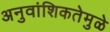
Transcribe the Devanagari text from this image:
अनुवांशिकतेमुळे